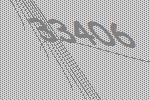
33406